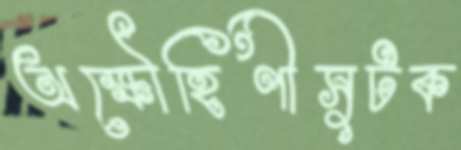
অক্ষৌহিণীসুটক